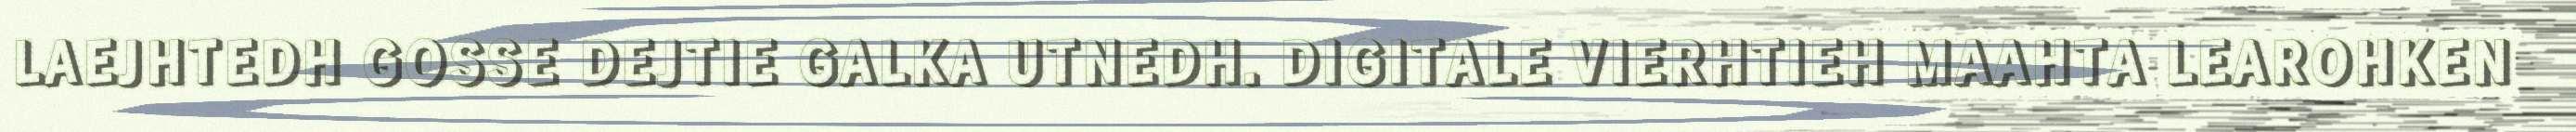
LAEJHTEDH GOSSE DEJTIE GALKA UTNEDH. DIGITALE VIERHTIEH MAAHTA LEAROHKEN